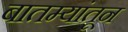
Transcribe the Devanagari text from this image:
बातम्यांतून